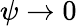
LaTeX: \psi\to 0